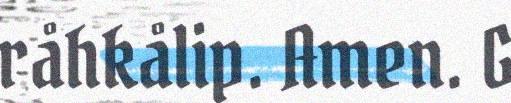
råhkålip. Amen. G